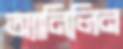
অ্যানিলিন